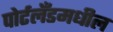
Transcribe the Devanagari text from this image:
पोर्टलँडमधील